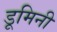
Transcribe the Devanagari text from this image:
डूमिनी